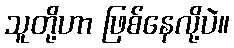
သူတို့ဟာ ဖြစ်နေလို့ပဲ။